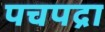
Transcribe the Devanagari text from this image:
पचपद्रा